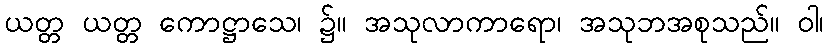
ယတ္တ ယတ္တ ကောဋ္ဌာသေ၊ ၌။ အသုလာကာရော၊ အသုဘအစုသည်။ ဝါ၊